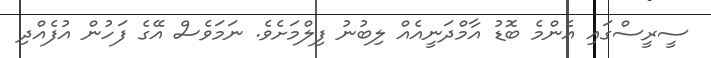
ސީރީސްގައި އެންމެ ބޮޑު އާމްދަނީއެއް ލިބުނު ފިލްމަށެވެ. ނަމަވެސް އޭގެ ފަހުން އުފެއްދި